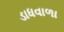
ડાધવાળા